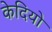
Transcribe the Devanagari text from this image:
केदियो